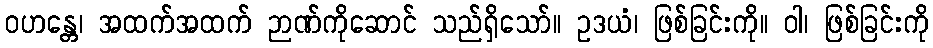
ဝဟန္တေ၊ အထက်အထက် ဉာဏ်ကိုဆောင် သည်ရှိသော်။ ဥဒယံ၊ ဖြစ်ခြင်းကို။ ဝါ၊ ဖြစ်ခြင်းကို